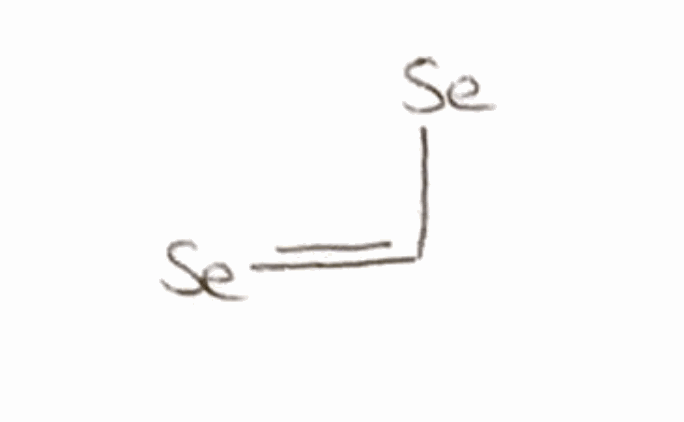
Simplified molecular-input line-entry system (SMILES) notation of the given molecule:
C(=[Se])[Se]